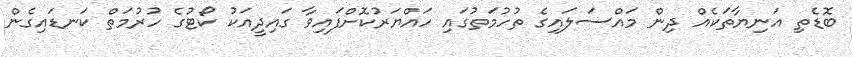
ބޮޑެތި އަނިޔާތަކެއް ދިން މައްސަލައިގެ ތުހުމަތުގައި ހައްޔަރުކޮށްފައިވާ ގައިދީއަކު ކޯޓުގެ ހުރުމަތް ކަނޑައިގެން